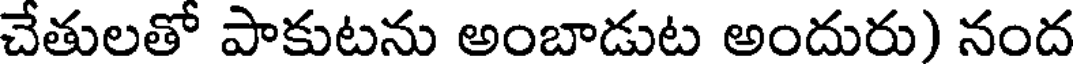
చేతులతో పాకుటను అంబాడుట అందురు) నంద